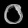
Digit: ၀